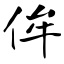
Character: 侔